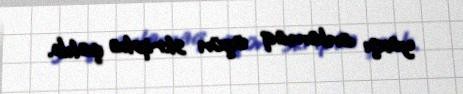
yaxşı anlamaq üçün skripka çalıb.